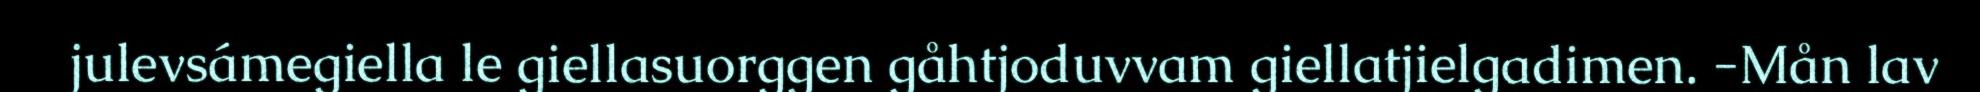
julevsámegiella le giellasuorggen gåhtjoduvvam giellatjielgadimen. -Mån lav